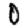
Digit: 0